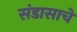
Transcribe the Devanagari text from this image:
संडासाचे